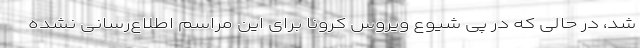
شد، در حالی که در پی شیوع ویروس کرونا برای این مراسم اطلاع‌رسانی نشده